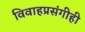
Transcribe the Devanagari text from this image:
विवाहप्रसंगीही